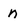
Character: n